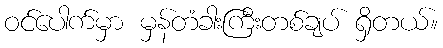
ဝင်ပေါက်မှာ မှန်တံခါးကြီးတစ်ချပ် ရှိတယ်။